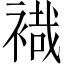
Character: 𧛷